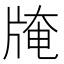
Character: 𤗎